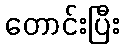
တောင်းပြီး